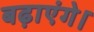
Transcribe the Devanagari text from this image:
बढ़ाएंगे।